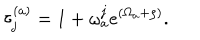
LaTeX: \tau _ { j } ^ { ( a ) } = 1 + \omega _ { a } ^ { j } e ^ { ( \Omega _ { a } + \rho ) } .